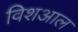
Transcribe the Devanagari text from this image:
विशआल